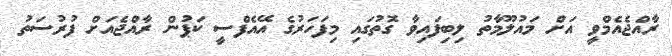
ރާއްޖެއެމްވީ އަށް މައުލޫމާތު ލިބިފައިވާ ގޮތުގައި މިފަހަރުގެ އޭއެފްސީ ކަޕުން ރާއްޖެއަށް ފުރުސަތު